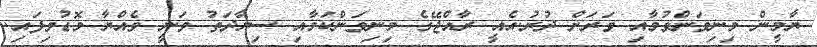
ޔާމީން މިނިވަންވުމާއި ވަރަށް ދުރު.އެއީ ރާއްޖޭގެ މިނިވަންކަމާއި ސިޔާދަތު ވަނީ ވެއްޔާ މޮޑުވިފައި.